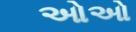
ઓઓ